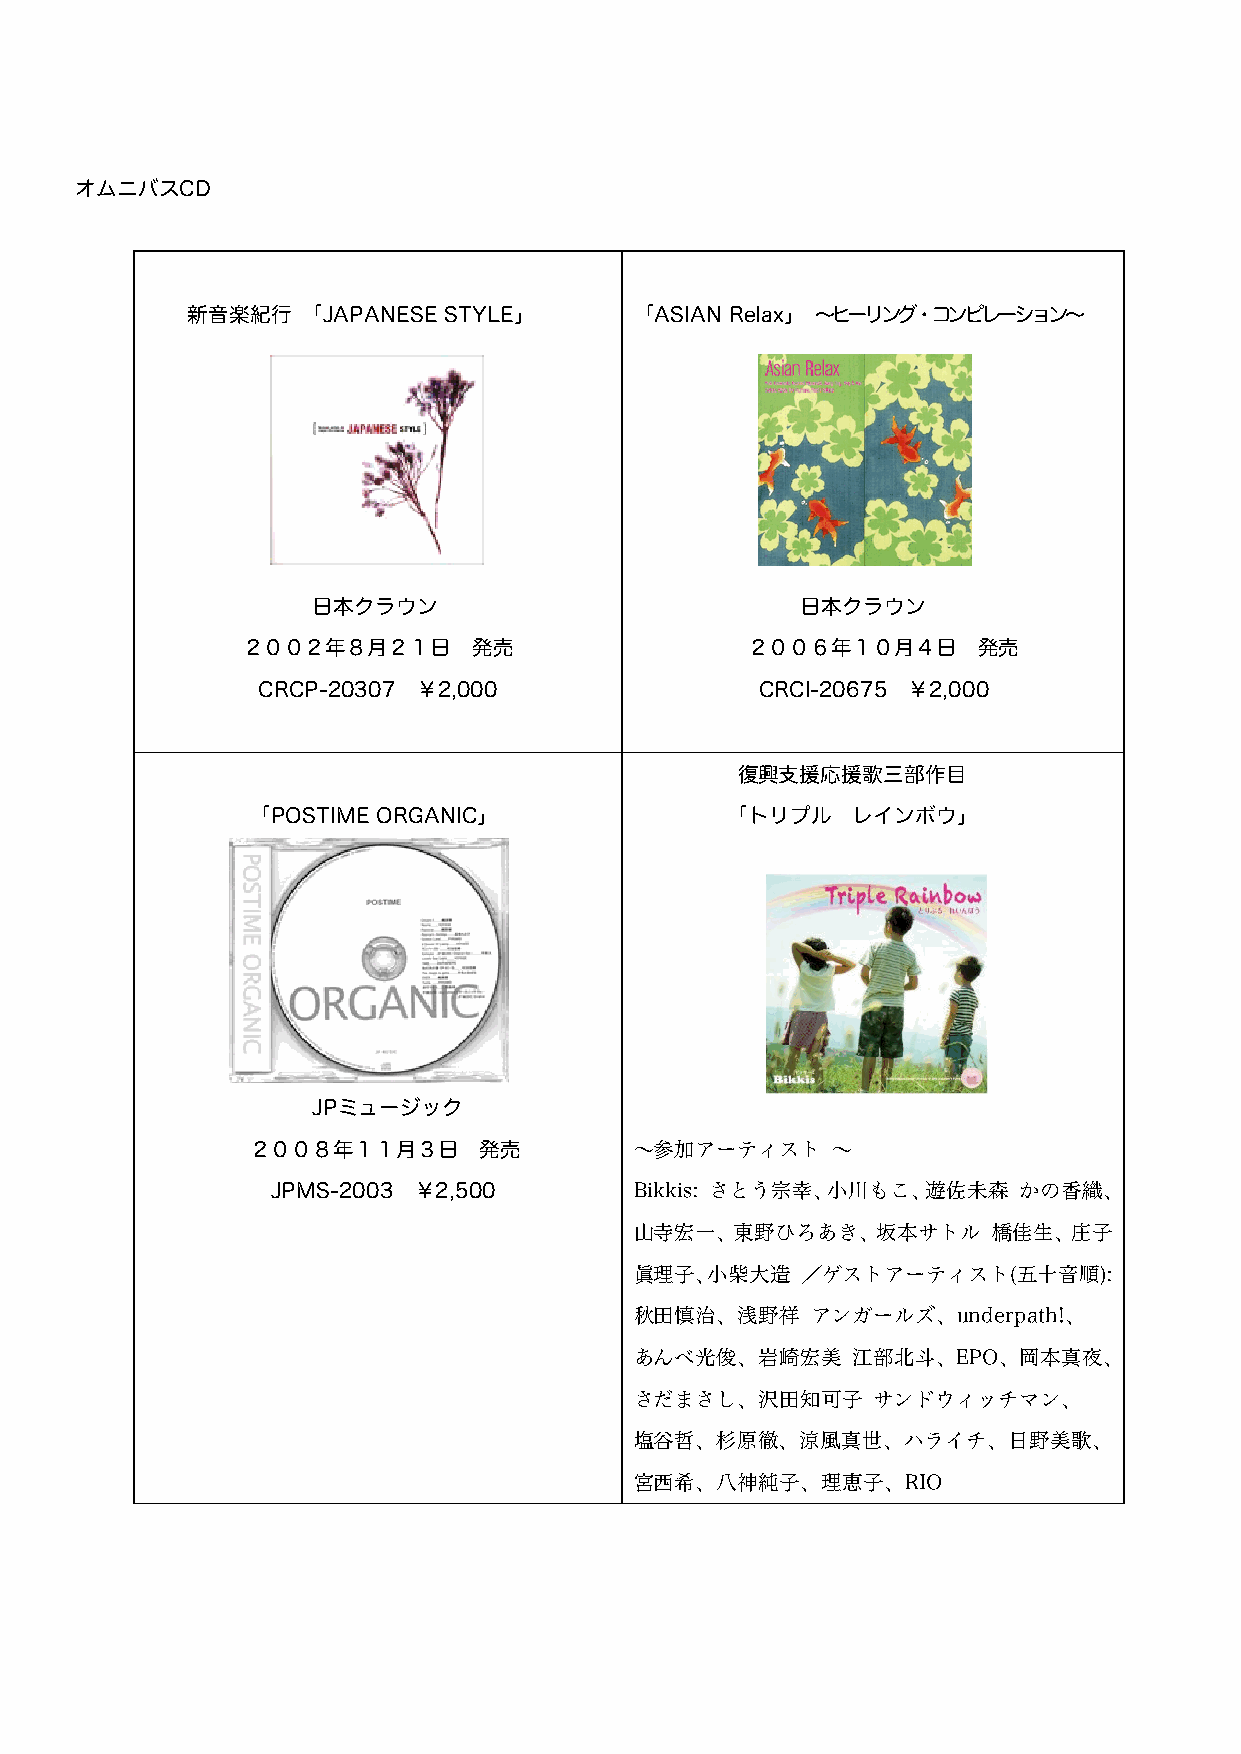
オムニバスCD
 新音楽紀行   「JAPANESE STYLE」      「ASIAN Relax」 〜ヒーリング・コンピレーション〜
 日本クラウン                          日本クラウン
 ２００２年８月２１日     発売                 ２００６年１０月４日     発売
 CRCP-20307 ￥2,000                CRCI-20675 ￥2,000
 復興支援応援歌三部作目
 「POSTIME ORGANIC」              「トリプル   レインボウ」
 JPミュージック
 ２００８年１１月３日     発売        〜参加アーティスト    〜
 JPMS-2003 ￥2,500        Bikkis: さとう宗幸、小川もこ、遊佐未森  かの香織、
 山寺宏一、東野ひろあき、坂本サトル       橋佳生、庄子
 眞理子、小柴大造   ／ゲストアーティスト(五十音順):
 秋田慎治、浅野祥    アンガールズ、underpath!、
 あんべ光俊、岩崎宏美    江部北斗、EPO、岡本真夜、
 さだまさし、沢田知可子     サンドウィッチマン、
 塩谷哲、杉原徹、涼風真世、ハライチ、日野美歌、
 宮西希、八神純子、理恵子、RIO